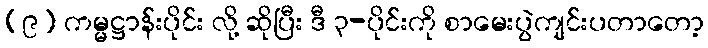
(၉) ကမ္မဋ္ဌာန်းပိုင်း လို့ ဆိုပြီး ဒီ ၃-ပိုင်းကို စာမေးပွဲကျင်းပတာတော့